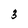
Character: 3